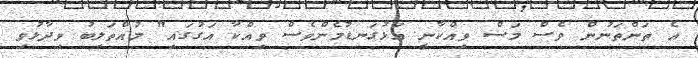
އެ ތަންތަނުން ވެސް މަސް ވިއްކާނީ އަޅުގަނޑުމެންވެސް ވިއްކާ އަގުގައި" މުއްތަލިބު ވިދާޅުވި